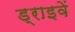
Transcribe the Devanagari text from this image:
ड्राइवें